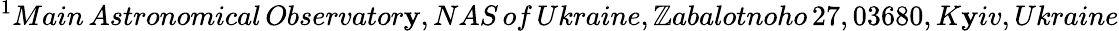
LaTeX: ^{1}Main\, Astronomical\, Observator\mathbf{y},NAS\, of\, Ukraine,\mathbb{Z}abalotnoho\, 27,03680,K\mathbf{y}iv,Ukraine